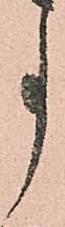
事